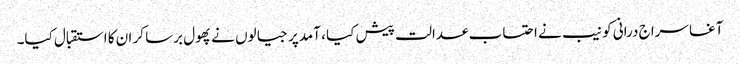
آغا سراج درانی کو نیب نے احتساب عدالت پیش کیا ، آمدپر جیالوں نے پھول برسا کر ان کا استقبال کیا۔